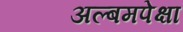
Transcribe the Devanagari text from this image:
अल्बमपेक्षा